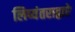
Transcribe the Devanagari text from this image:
लिप्यंतराद्वारे